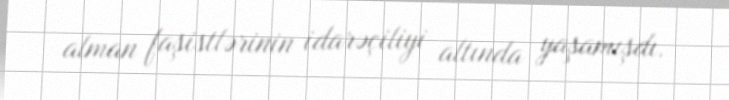
alman faşistlərinin idarəçiliyi altında yaşamışdı.